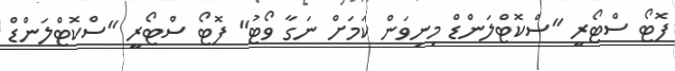
ފޮޓޯ ސްޓޯރީ "ސްކޮޓްލަންޑް މިނިވަން ކަމަށް ނަގާ ވޯޓު" ފޮޓޯ ސްޓޯރީ "ސްކޮޓްލަންޑް